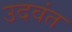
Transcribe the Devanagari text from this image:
उदवंत